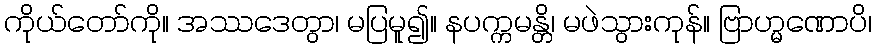
ကိုယ်တော်ကို။ အဿဒေတွာ၊ မပြမူ၍။ နပက္ကမန္တိ၊ မဖဲသွားကုန်။ ဗြာဟ္မဏောပိ၊